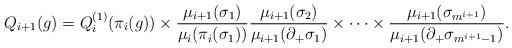
LaTeX: \begin{align*} Q_{i+1}(g)=Q_i^{(1)}(\pi_i(g))\times\frac{\mu_{i+1}(\sigma_1)}{\mu_i(\pi_i(\sigma_1))} \frac{\mu_{i+1}(\sigma_2)}{\mu_{i+1}(\partial_+\sigma_1)}\times\cdots\times\frac{\mu_{i+1}(\sigma_{m^{i+1}})}{\mu_{i+1}(\partial_+\sigma_{m^{i+1}-1})}. \end{align*}